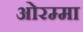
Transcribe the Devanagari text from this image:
ओरम्मा